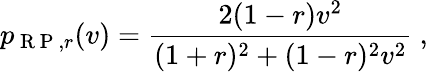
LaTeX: p_{\mathrm{~R~P~},r}(v)=\frac{2(1-r)v^{2}}{(1+r)^{2}+(1-r)^{2}v^{2}}\ ,